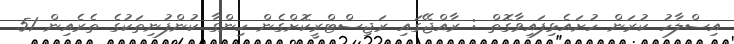
އިސްލާހު ކުރަން ހުށައެޅިފައިވާގޮތް : ރާއްޖޭގައި ރަޖިސްޓްރީކޮށްގެން ހިންގާ ކުންފުނިތަކުގެ ތެރެއިން 51